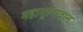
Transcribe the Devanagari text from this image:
महामूल्यवान